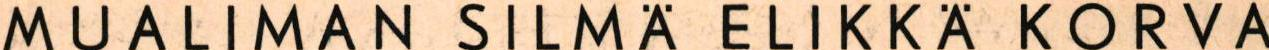
MUALIMAN SILMÄ ELIKKÄ KORVA